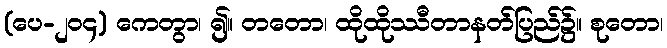
(ပေ-၂၀၄) ကေတွာ၊ ၍။ တတော၊ ထိုထိုဿီတာနတ်ပြည်၌။ စုတော၊